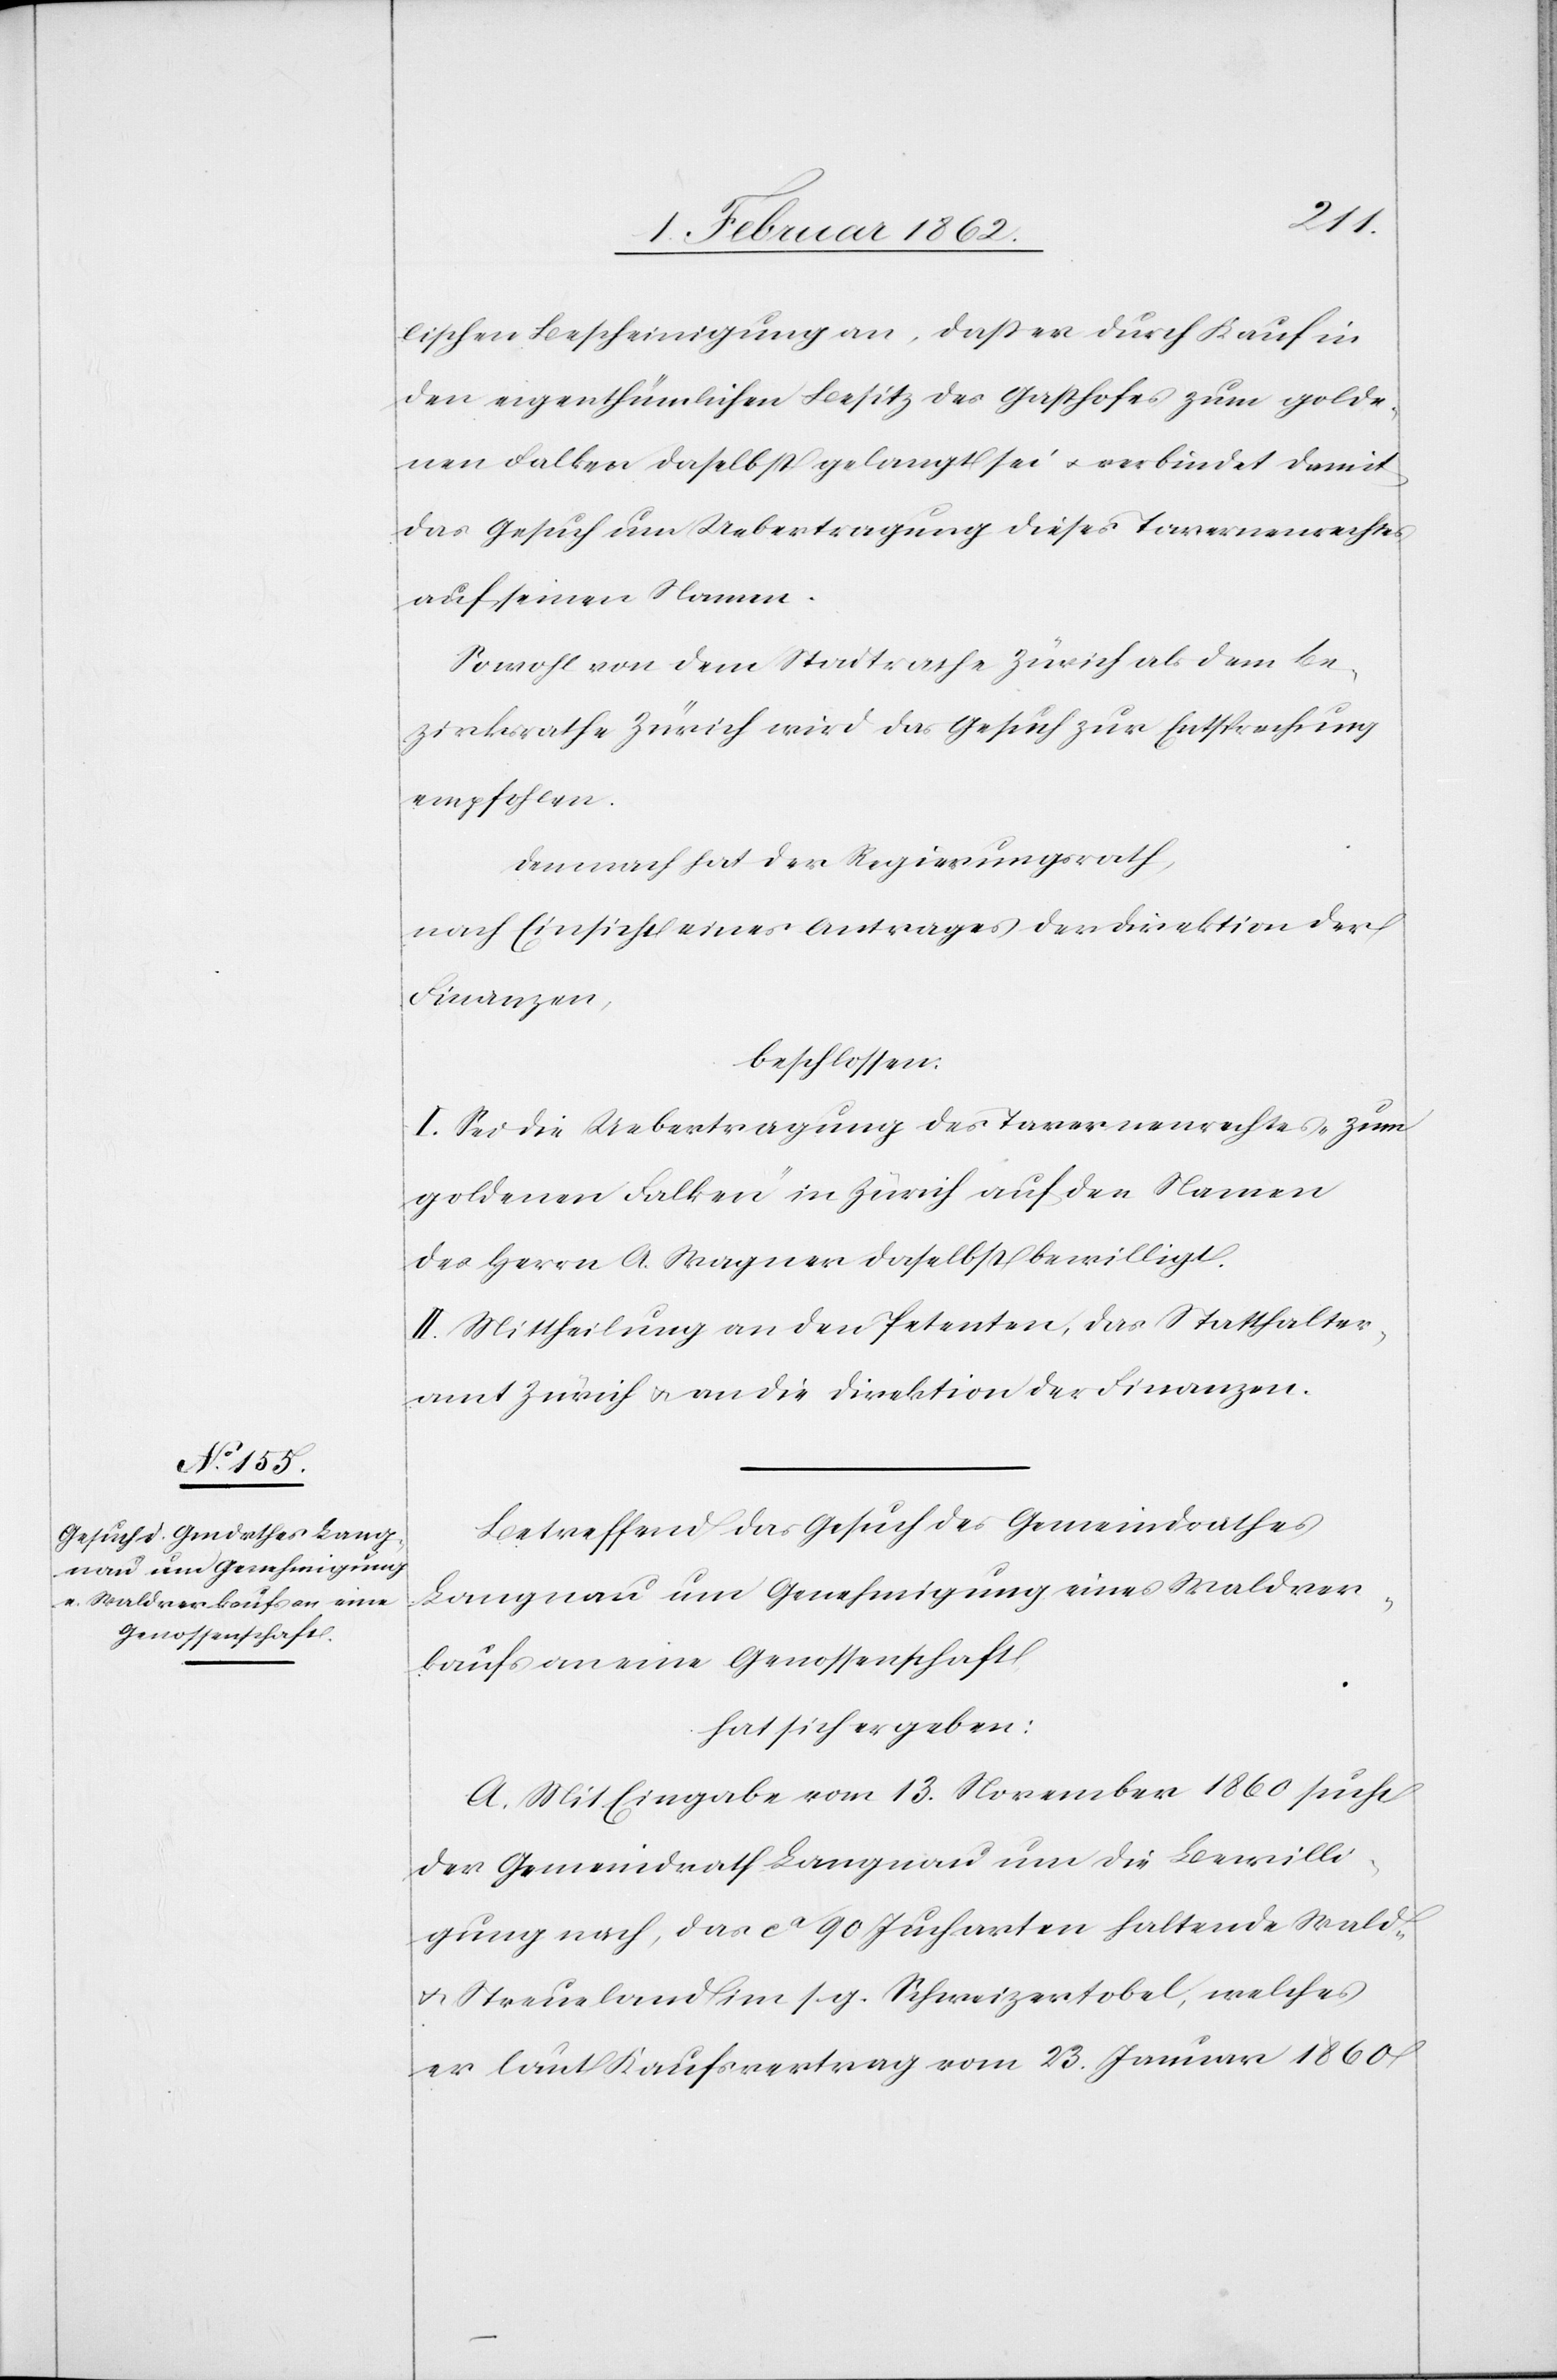
lischen Bescheinigung an, daß er durch Kauf in
den eigenthümlichen Besitz des Gasthofes zum golde¬
nen Falken daselbst gelangt sei u. verbindet damit
das Gesuch um Uebertragung dieses Tavernenrechtes
auf seinen Namen.
Sowohl von dem Stadtrathe Zürich als dem Be¬
zirksrathe Zürich wird das Gesuch zur Entsprechung
empfohlen.
Demnach hat der Regierungsrath,
nach Einsicht eines Antrages der Direktion der
Finanzen,
beschlossen:
I. Sei die Uebertragung des Tavernenrechtes „zum
goldenen Falken“ in Zürich auf den Namen
des Herrn A. Wagner daselbst bewilligt.
II. Mittheilung an den Petenten, das Statthalter¬
amt Zürich u. an die Direktion der Finanzen.
Betreffend das Gesuch des Gemeindrathes
Langnau um Genehmigung eines Waldver¬
kaufs an eine Genossenschaft,
hat sich ergeben:
A. Mit Eingabe vom 13. November 1860 sucht
der Gemeindrath Langnau um die Bewilli¬
gung nach, das ca 90 Jucharten haltende Wald-
u. Streueland im s. g. Schweizertobel, welches
er laut Kaufsvertrag vom 23. Januar 1860